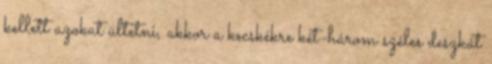
kellett azokat ültetni, akkor a kecskékre két-három széles deszkát